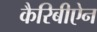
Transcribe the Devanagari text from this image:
कैरिबीऐन